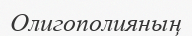
Олигополияның